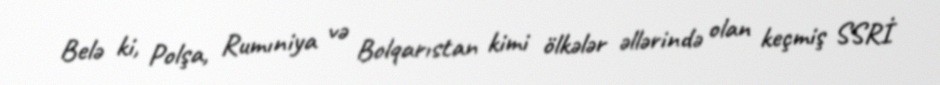
Belə ki, Polşa, Rumıniya və Bolqarıstan kimi ölkələr əllərində olan keçmiş SSRİ